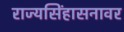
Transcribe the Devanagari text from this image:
राज्यसिंहासनावर